Annual report on the health of the army in India
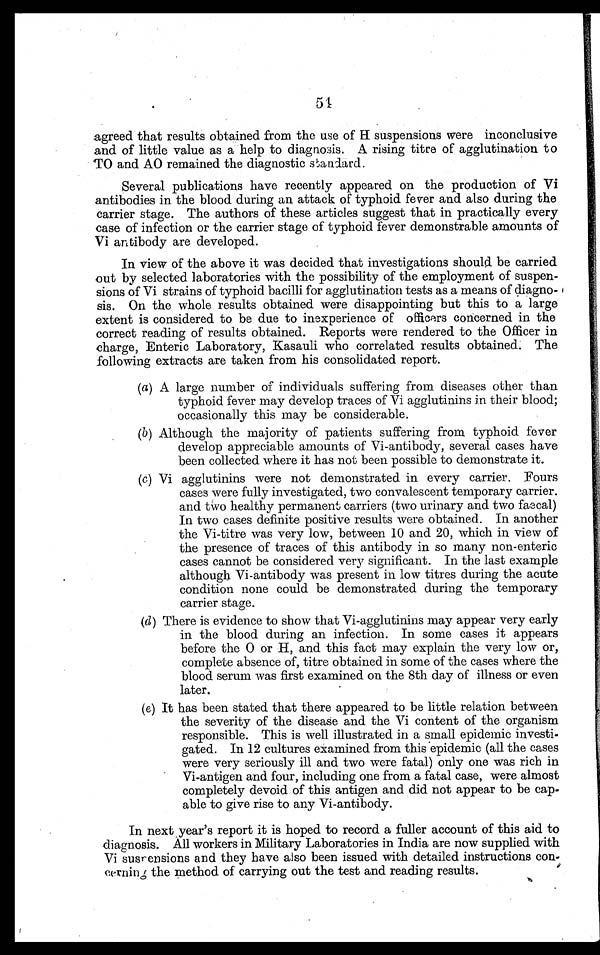
agreed that results obtained from the use of H suspensions were inconclusive
and of little value as a help to diagnosis. A rising titre of agglutination to
TO and AO remained the diagnostic standard.
Several publications have recently appeared on the production of Vi
antibodies in the blood during an attack of typhoid fever and also during the
carrier stage. The authors of these articles suggest that in practically every
case of infection or the carrier stage of typhoid fever demonstrable amounts of
Vi antibody are developed.
In view of the above it was decided that investigations should be carried
out by selected laboratories with the possibility of the employment of suspen-
sions of Vi strains of typhoid bacilli for agglutination tests as a means of diagno-
sis. On the whole results obtained were disappointing but this to a large
extent is considered to be due to inexperience of officers concerned in the
correct reading of results obtained. Reports were rendered to the Officer in
charge, Enteric Laboratory, Kasauli who correlated results obtained. The
following extracts are taken from his consolidated report.
(a ) A large number of individuals suffering from diseases other than
typhoid fever may develop traces of Vi agglutinins in their blood;
occasionally this may be considerable.
(b) Although the majority of patients suffering from typhoid fever
develop appreciable amounts of Vi-antibody, several cases have
been collected where it has not been possible to demonstrate it.
(c) Vi agglutinins were not demonstrated in every carrier. Fours
cases were fully investigated, two convalescent temporary carrier.
and two healthy permanent carriers (two urinary and two faecal)
In two cases definite positive results were obtained. In another
the Vi-titre was very low, between 10 and 20, which in view of
the presence of traces of this antibody in so many non-enteric
cases cannot be considered very significant. In the last example
although Vi-antibody was present in low titres during the acute
condition none could be demonstrated during the temporary
carrier stage.
(d) There is evidence to show that Vi-agglutinins may appear very early
in the blood during an infection. In some cases it appears
before the 0 or H, and this fact may explain the very low or,
complete absence of, titre obtained in some of the cases where the
blood serum was first examined on the 8th day of illness or even
later.
(e) It has been stated that there appeared to be little relation between
the severity of the disease and the Vi content of the organism
responsible. This is well illustrated in a small epidemic investi-
gated. In 12 cultures examined from this epidemic (all the cases
were very seriously ill and two were fatal) only one was rich in
Vi-antigen and four, including one from a fatal case, were almost
completely devoid of this antigen and did not appear to be cap-
able to give rise to any Vi-antibody.
In next year's report it is hoped to record a fuller account of this aid to
diagnosis. All workers in Military Laboratories in India are now supplied with
Vi sus p ensions and they have also been issued with detailed instructions con-
cerning the method of carrying out the test and reading results.
°